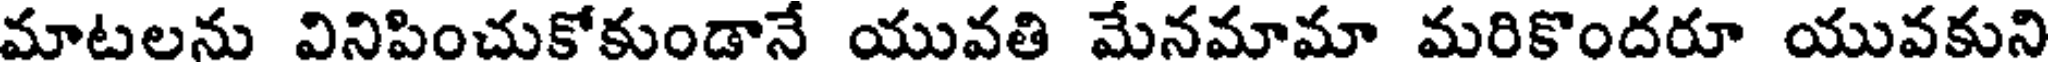
మాటలను వినిపించుకోకుండానే యువతి మేనమామా మరికొందరూ యువకుని